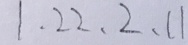
1 . 2 2 、 2 、 1 1